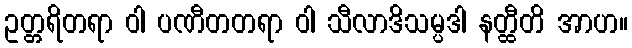
ဥတ္တရိတရာ ဝါ ပဏီတတရာ ဝါ သီလာဒိသမ္ပဒါ နတ္ထီတိ အာဟ။